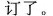
订了。